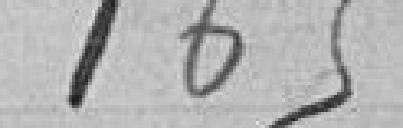
165